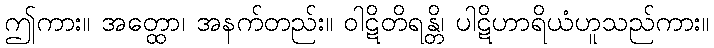
ဤကား။ အတ္ထော၊ အနက်တည်း။ ဝါဋိတိရန္တိ၊ ပါဋိဟာရိယံဟူသည်ကား။